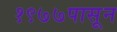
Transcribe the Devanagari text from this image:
१९७७पासून